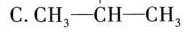
C.CH_{3}—CH—CH_{3}